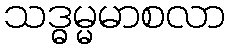
သဒ္ဓမ္မမာစလာ